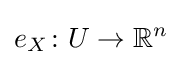
e_{X}\colon U\to \mathbb {R} ^{n}